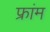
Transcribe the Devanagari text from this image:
फ्रांम